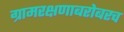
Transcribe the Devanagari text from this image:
ग्रामरक्षणाबरोबरच